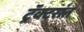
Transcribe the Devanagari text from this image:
ट्रॅक्टरांत